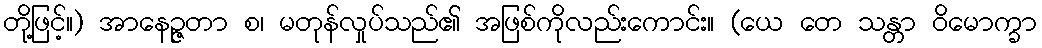
တို့ဖြင့်။) အာနေဉ္ဇတာ စ၊ မတုန်လှုပ်သည်၏ အဖြစ်ကိုလည်းကောင်း။ (ယေ တေ သန္တာ ဝိမောက္ခာ